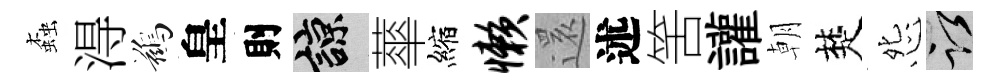
螙淂鷀皇則諒蕐縮懒𮟃述筈讙朝楚怨謹